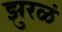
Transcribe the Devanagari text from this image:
झुरळं